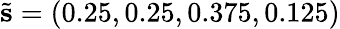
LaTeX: \tilde{\mathbf{s}}=(0.25,0.25,0.375,0.125)